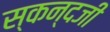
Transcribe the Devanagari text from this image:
स्कन्दजी